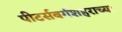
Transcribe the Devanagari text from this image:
पीटर्सबर्गशहराच्या